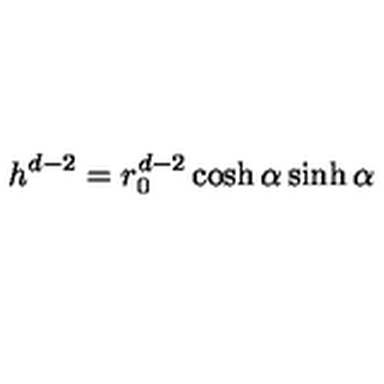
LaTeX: h ^ { d - 2 } = r _ { 0 } ^ { d - 2 } \cosh \alpha \sinh \alpha